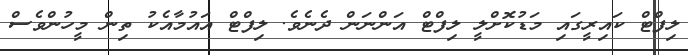
ލިފްޓް ކައިރީގައި މަޑުކޮށްލީ ލިފްޓް އަންނަން ދެނެވެ. ލިފްޓް އައުމާއެކު ތިން މީހުންވެސް